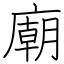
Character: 廟